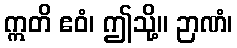
ဣတိ ဧဝံ၊ ဤသို့။ ဉာဏံ၊